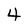
Character: 4